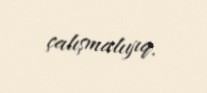
çalışmalıyıq.